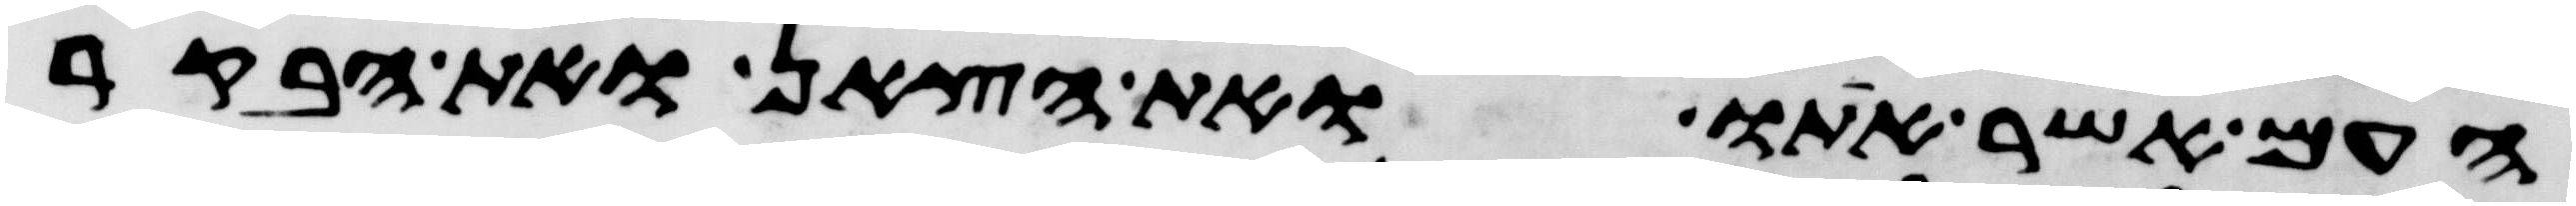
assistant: העם אשר אתו ואת הצאן ואת הבקר